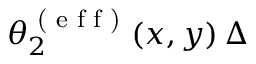
\theta _ { 2 } ^ { \textrm { ( e f f ) } } ( x , y ) \, \Delta